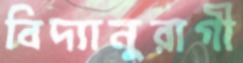
বিদ্যানুরাগী